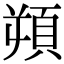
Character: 𩑿